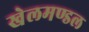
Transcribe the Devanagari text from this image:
खेलमण्डल